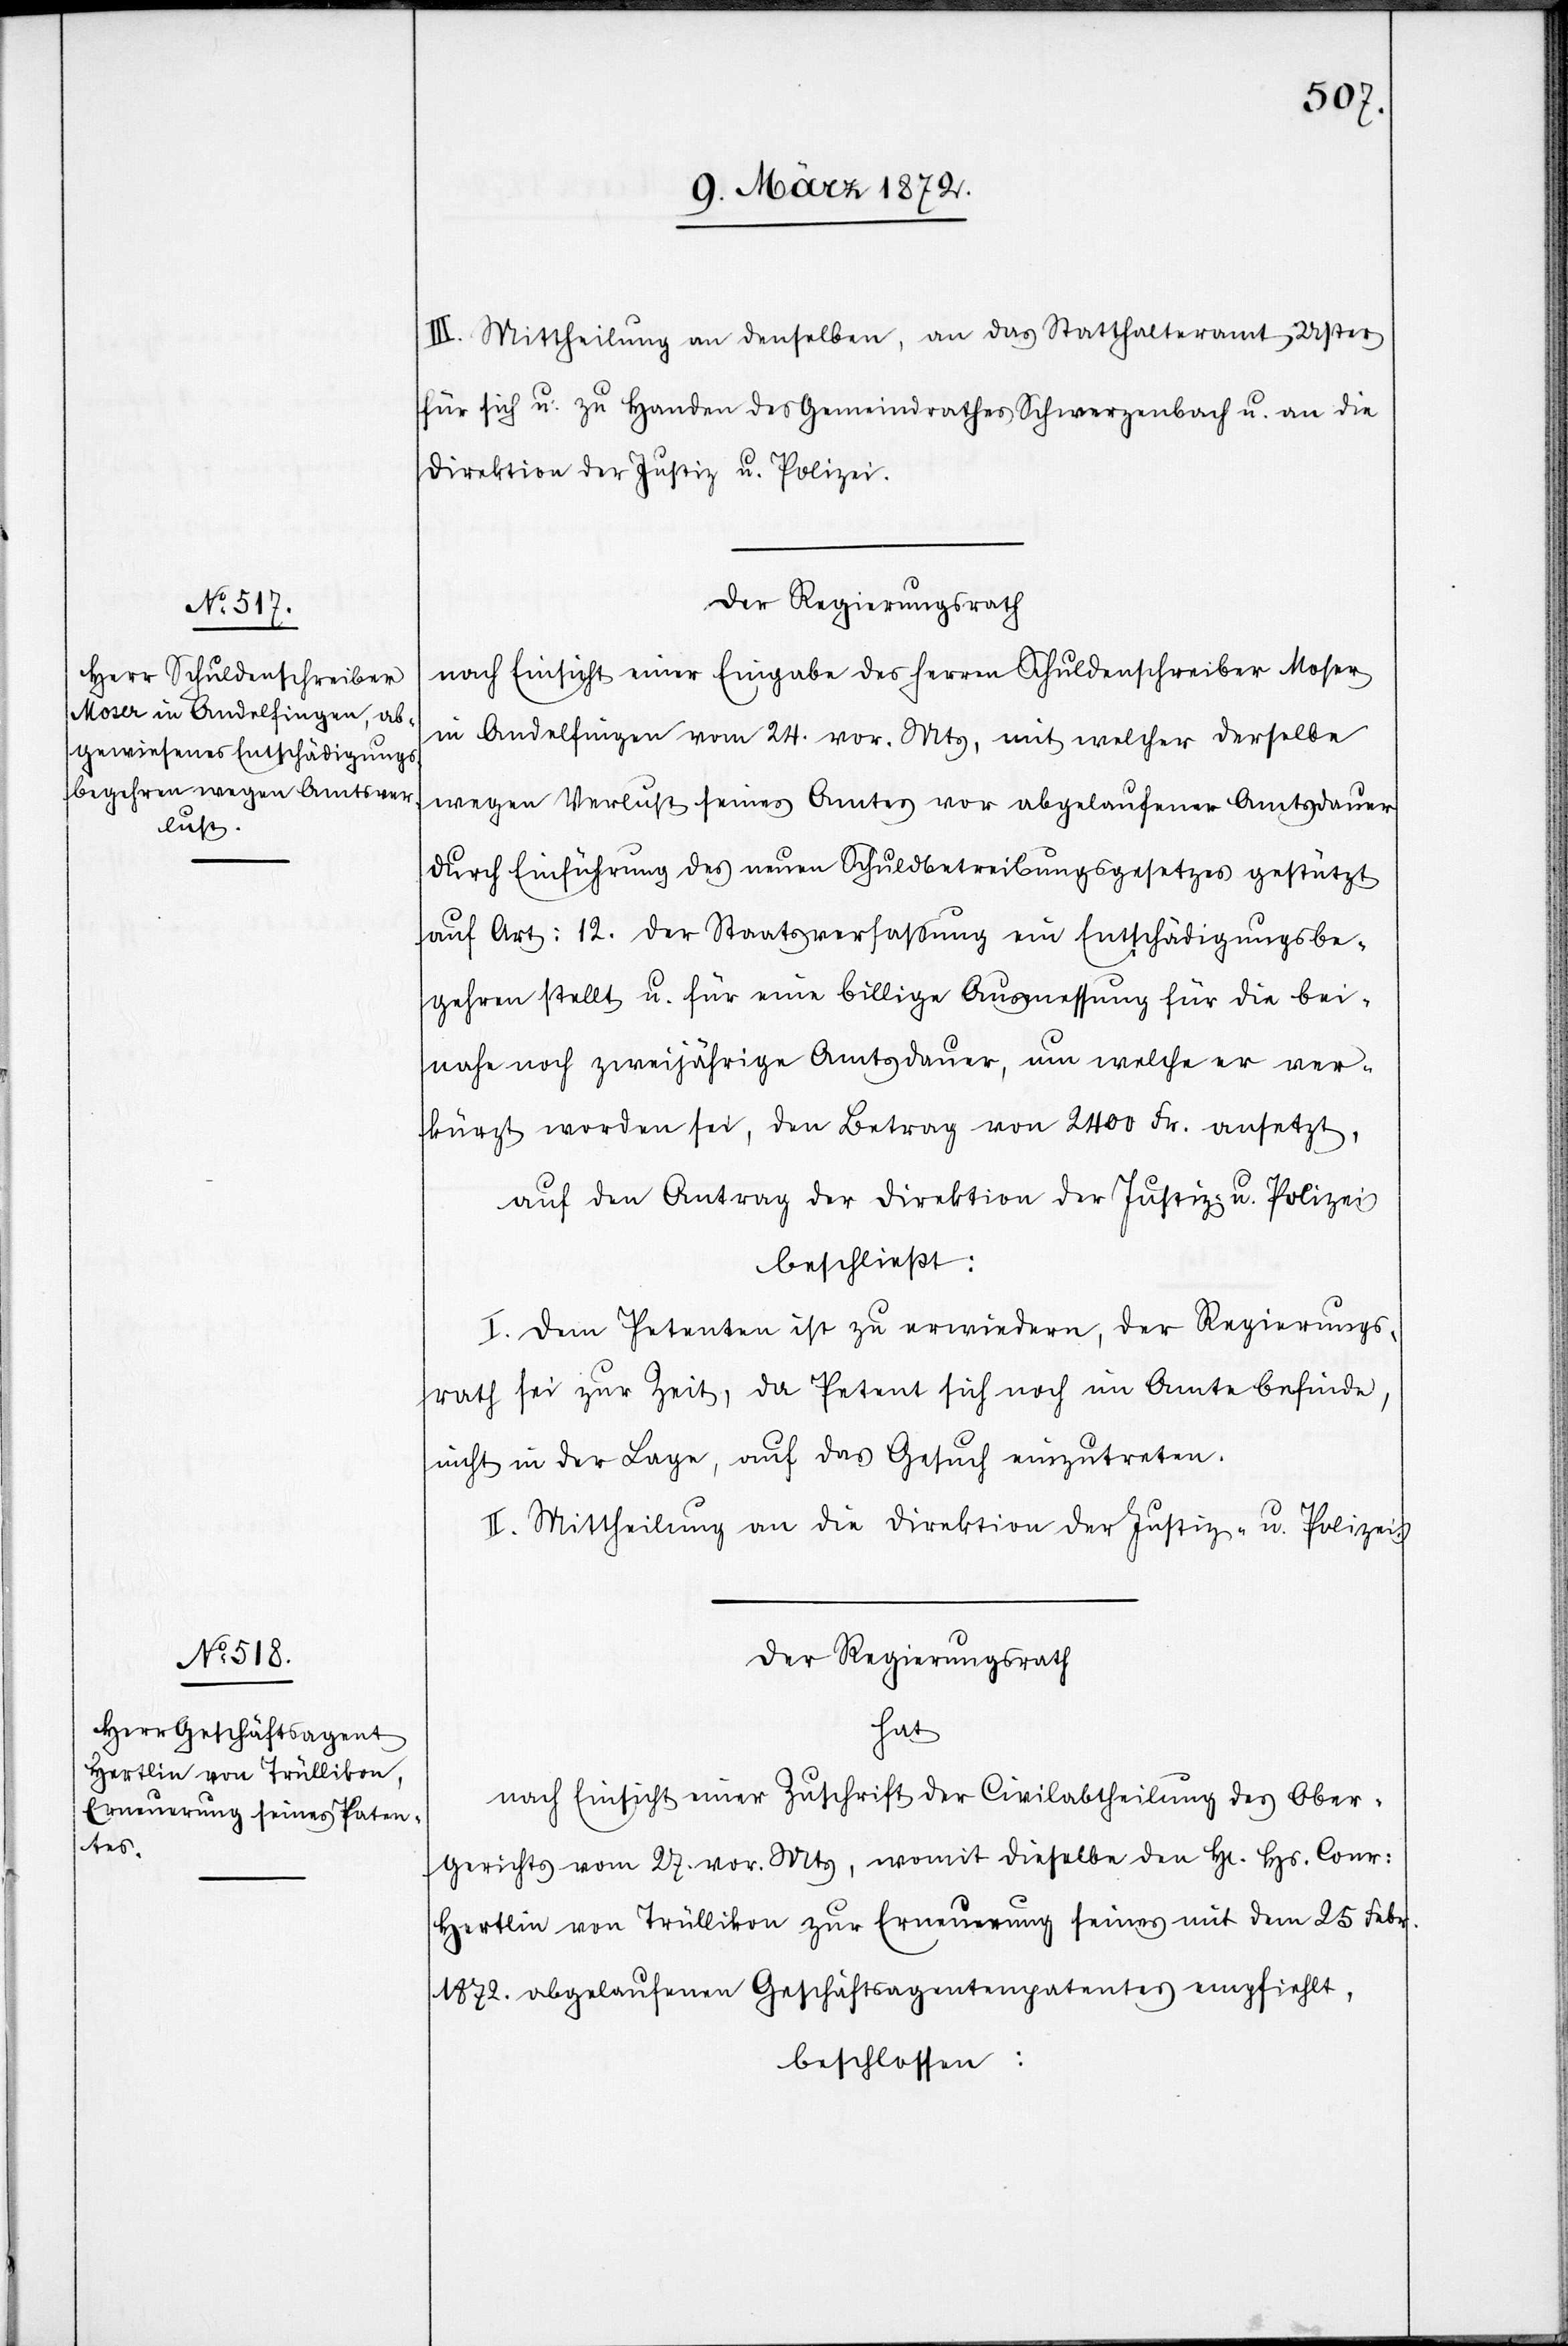
III. Mittheilung an denselben, an das Statthalteramt Uster
für sich u. zu Handen des Gemeindrathes Schwerzenbach u. an die
Direktion der Justiz u. Polizei.
Der Regierungsrath
nach Einsicht einer Eingabe des Herren Schuldenschreiber Moser
in Andelfingen vom 24. vor. Mts, mit welcher derselbe
wegen Verlust seines Amtes vor abgelaufener Amtsdauer
durch Einführung des neuen Schuldbetreibungsgesetzes gestützt
auf Art: 12. der Staatsverfassung ein Entschädigungsbe¬
gehren stellt u. für eine billige Ausmessung für die bei¬
nahe noch zweijährige Amtsdauer, um welche er ver¬
kürzt worden sei, den Betrag von 2400 Fr. ansetzt,
auf den Antrag der Direktion der Justiz- u. Polizei
beschließt:
I. Dem Petenten ist zu erwiedern, der Regierungs¬
rath sei zur Zeit, da Petent sich noch im Amte befinde,
nicht in der Lage, auf das Gesuch einzutreten.
II. Mittheilung an die Direktion der Justiz- u. Polizei.
Der Regierungsrath
hat
nach Einsicht einer Zuschrift der Civilabtheilung des Ober¬
gerichtes vom 27. vor. Mts, womit dieselbe den Hr. Hs. Conr:
Hertlin von Trüllikon zur Erneuerung seines mit dem 25 Febr.
1872. abgelaufenen Geschäftsagentenpatentes empfiehlt,
beschlossen: